Vaccination report Assam 1896-1927 - 1896-1927
Year: 1896
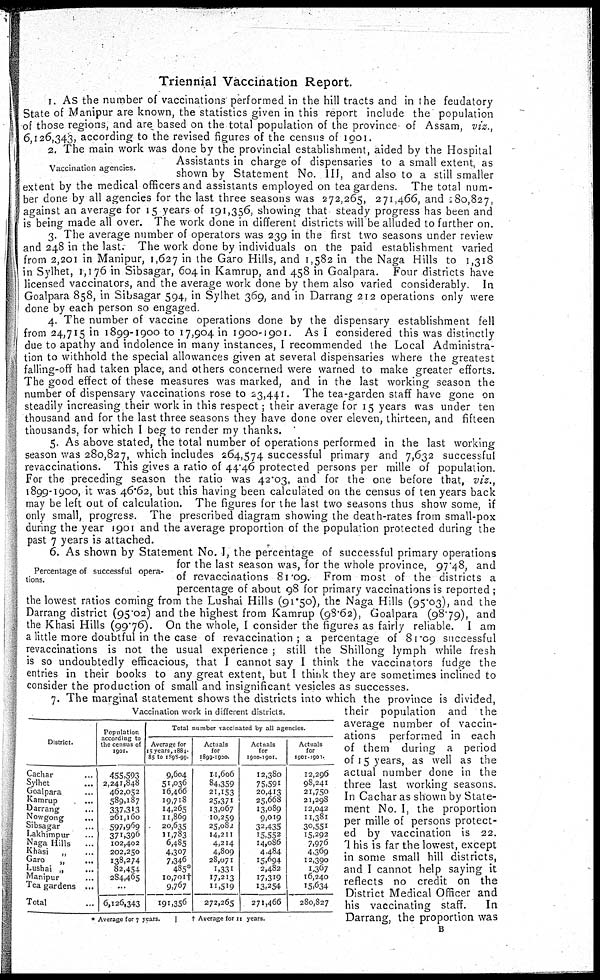
Triennial Vaccination Report.
1. As the number of vaccinations performed in the hill tracts and in the feudatory
State of Manipur are known, the statistics given in this report include the population
of those regions, and are based on the total population of the province of Assam, viz.,
6 126,343, according to the revised figures of the census of 1901.
Vaccination agencies.
2. The main work was done by the provincial establishment, aided by the Hospital
Assistants in charge of dispensaries to a small extent, as
shown by Statement No. III, and also to a still smaller
extent by the medical officers and assistants employed on tea gardens. The total num-
ber done by all agencies for the last three seasons was 272,265, 271,466, and 280,827,
against an average for 15 years of 191,356, showing that steady progress has been and
is being made all over. The work done in different districts will be alluded to further on.
3. The average number of operators was 239 in the first two seasons under review
and 248 in the last.- The work done by individuals on the paid establishment varied
from 2,201 in Manipur, 1,627 in the Garo Hills, and 1,582 in the Naga Hills to 1,318
in Sylhet, 1,176 in Sibsagar, 604 in Kamrup, and 458 in Goalpara. Four districts have
licensed vaccinators, and the average work done by them also varied considerably. In
Goalpara 858, in Sibsagar 594, in Sylhet 369, and in Darrang 212 operations only were
done by each person so engaged.
4. The number of vaccine operations done by the dispensary establishment fell
from 24,715 in 1899-1900 to 17,904 in 1900-1901. As I considered this was distinctly
due to apathy and indolence in many instances, I recommended the Local Administra-
tion to withhold the special allowances given at several dispensaries where the greatest
falling-off had taken place, and others concerned were warned to make greater efforts.
The good effect of these measures was marked, and in the last working season the
number of dispensary vaccinations rose to 23,441. The tea-garden staff have gone on
steadily increasing their work in this respect; their average for 15 years was under ten
thousand and for the last three seasons they have done over eleven, thirteen, and fifteen
thousands, for which I beg to render my thanks.
5. As above stated, the total number of operations performed in the last working
season was 280,827, which includes 264,574 successful primary and 7,632 successful
revaccinations. This gives a ratio of 44.46 protected persons per mille of population.
For the preceding season the ratio was 42.03, and for the one before that, viz.,
1899-1900, it was 46.62, but this having been calculated on the census of ten years back
may be left out of calculation. The figures for the last two seasons thus show some, if
only small, progress. The prescribed diagram showing the death-rates from small-pox
during the year 1901 and the average proportion of the population protected during the
past 7 years is attached.
Percentage of successful opera-
tions.
6. As shown by Statement No. I, the percentage or successtul primary operations
for the last season was, for the whole province, 97.48, and
of revaccinations 81.09. From most of the districts a
percentage of about 98 for primary vaccinations is reported ;
the lowest ratios coming from the Lushai Hills (91.50), the Naga Hills (95.03), and the
Darrang district (95.02) and the highest from Kamrup (98.62), Goalpara (98.79), and
the Khasi Hills (99.76). On the whole, I consider the figures as fairly reliable. I am
a little more doubtful in the case of revaccination ; a percentage of 81.09 successful
revaccinations is not the usual experience ; still the Shillong lymph while fresh
is so undoubtedly efficacious, that I cannot say I think the vaccinators fudge the
entries in their books to any great extent, but I think they are sometimes inclined to
consider the production of small and insignificant vesicles as successes.
Vaccination work in different districts.
District.
Cachar ...
Sylhet ...
Goalpara ...
Kamrup
...
Darrang ...
Nowgong ...
Sibsagar ...
Lakhimpur ...
Naga Hills
...
Khasi „
...
Garo
„ ...
Lushai „ ...
Manipur ...
Tea gardens ...
Total ...
Population
according to
the census of
1901.
455,593
2,241,848
462,052
589,187
337,313
261,160
597,969
371,396
102,402
202,250
138,274
82,454
284,465
...
6,126,343
Total number vaccinated by all agencies.
Average for
15 years, 1884-
85 to 1893-99.
9,604
51,036
16,466
19,718
14,265
11,869
20,635
11,783
6,485
4,307
7,346
485*
10,701†
9,767
191,356
Actuals
for
1899-1900.
11,606
84,359
21,153
25,371
13,067
10,259
25,082
14,211
4,214
4,809
28,071
1,331
17,213
11,519
272,265
Actuals
for
1900-1901.
12,380
75,591
20,413
25,668
13,089
9,019
32,435
15,552
14,086
4,484
15,694
2,482
17,319
13,254
271,466
Actuals
for
1001-1902.
12,296
98,241
21,750
21,298
12,042
11,38l
30,551
15,292
7,976
4,369
12,390
1,367
16,240
15,634
280,827
* Average for 7 years.
† Average for 11 years.
7. The marginal statement shows the districts into which the province is divided,
their population and the
average number of vaccin-
ations performed in each
of them during a period
of 15 years, as well as the
actual number done in the
three last working seasons.
In Cachar as shown by State-
ment No. I, the proportion
per mille of persons protect-
ed by vaccination is 22.
This is far the lowest, except
in some small hill districts,
and I cannot help saying it
reflects no credit on the
District Medical Officer and
his vaccinating staff.
In
Darrang, the proportion was
B